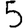
Digit: 5